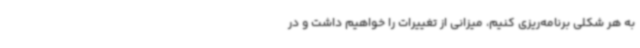
به هر شکلی برنامه‌ریزی کنیم، میزانی از تغییرات را خواهیم داشت و در